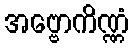
အဗ္ဗောကိဏ္ဏံ